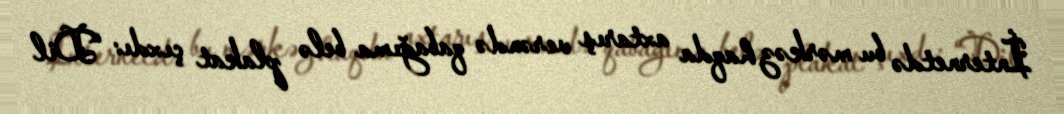
İnternetdə bu mərkəz haqda axtarış verəndə qabağıma belə plakat çıxdı: “Dil